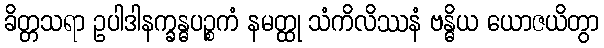
ခိတ္တသရာ ဥပါဒါနက္ခန္ဓပဉ္စကံ နမတ္ထု သံကိလိဿနံ ဗန္ဓိယ ယောဇယိတွာ